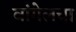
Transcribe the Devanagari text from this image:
वांगेलचा